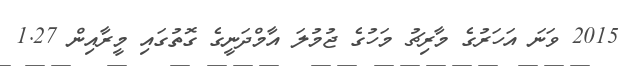
2015 ވަނަ އަހަރުގެ މާރިޗު މަހުގެ ޖުމުލަ އާމްދަނީގެ ގޮތުގައި މީރާއިން 1.27